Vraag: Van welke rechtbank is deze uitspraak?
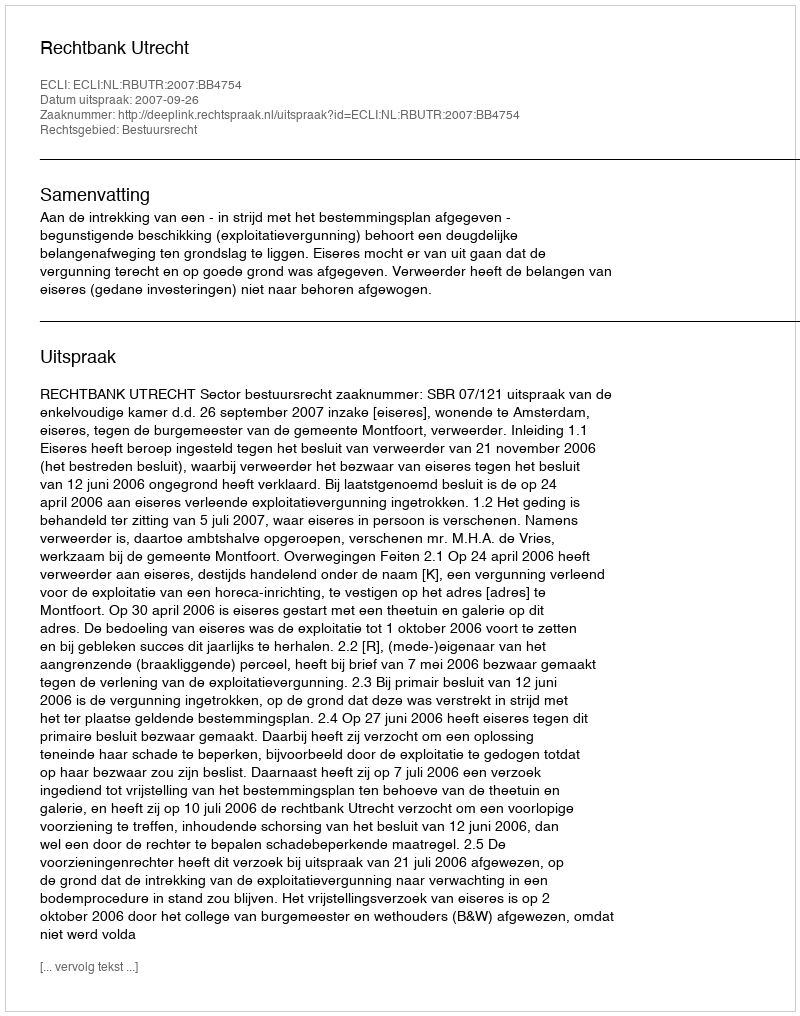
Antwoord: Rechtbank Utrecht